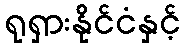
ရုရှားနိုင်ငံနှင့်